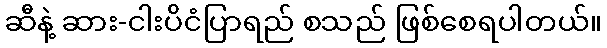
ဆီနဲ့ ဆား-ငါးပိငံပြာရည် စသည် ဖြစ်စေရပါတယ်။